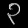
Digit: ၃